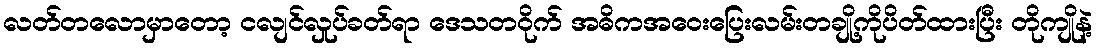
လတ်တလောမှာတော့ ငလျင်လှုပ်ခတ်ရာ ဒေသတဝိုက် အဓိကအဝေးပြေးလမ်းတချို့ကိုပိတ်ထားပြီး တိုကျိုနဲ့